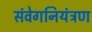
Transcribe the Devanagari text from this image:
संवेगनियंत्रण